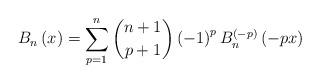
LaTeX: \begin{align*}B_{n}\left(x\right)=\sum_{p=1}^{n}\binom{n+1}{p+1}\left(-1\right)^{p}B_{n}^{\left(-p\right)}\left(-px\right)\end{align*}